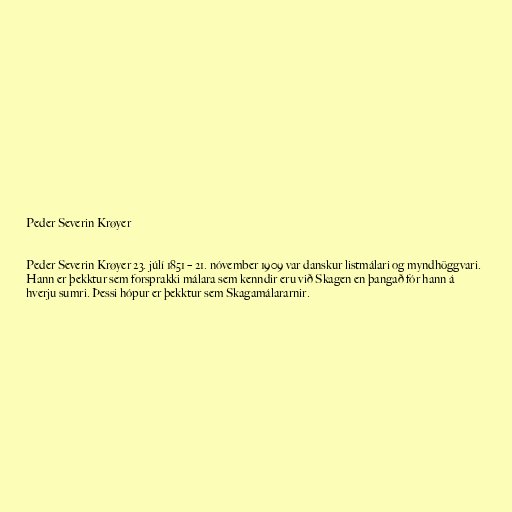
Peder Severin Krøyer

Peder Severin Krøyer 23. júlí 1851 – 21. nóvember 1909 var danskur listmálari og myndhöggvari.
Hann er þekktur sem forsprakki málara sem kenndir eru við Skagen en þangað fór hann á
hverju sumri. Þessi hópur er þekktur sem Skagamálararnir.